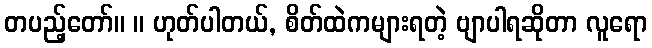
တပည့်တော်။ ။ ဟုတ်ပါတယ်, စိတ်ထဲကများရတဲ့ ဗျာပါရဆိုတာ လူရော